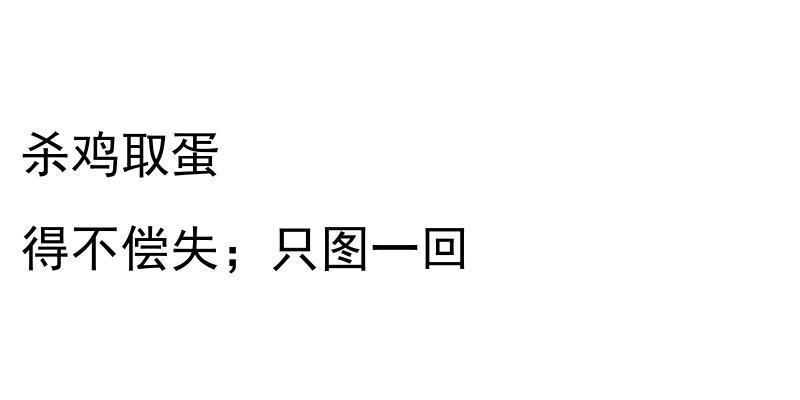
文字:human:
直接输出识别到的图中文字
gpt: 杀鸡取蛋 得不偿失；只图一回